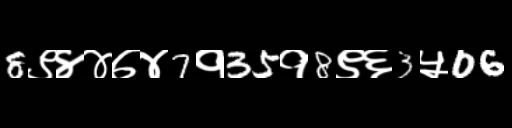
Text: 8९४४७४7१35१8९६3५06